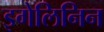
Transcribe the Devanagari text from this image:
इगेलिनिन